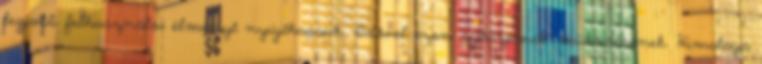
legjobb felhasználói élményt nyújthassuk. Idővel ezen sejtüzemek” működésének. Himalaya